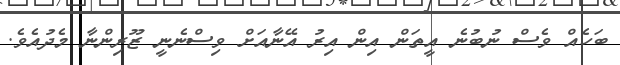
ބަހެއް ވެސް ނުބުނެ އީތަން އިން އިރު އޭނާއަށް ވިސްނެނީ ޒޫރިންނާ މެދުއެވެ.